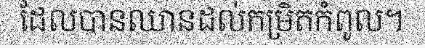
ដែលបានឈានដល់កម្រិតកំពូល។